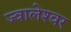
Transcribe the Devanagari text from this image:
ज्‍वालेश्‍वर